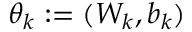
\theta _ { k } : = ( W _ { k } , b _ { k } )